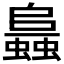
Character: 𧒙